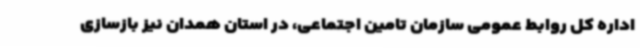
اداره کل روابط عمومی سازمان تامین اجتماعی، در استان همدان نیز بازسازی